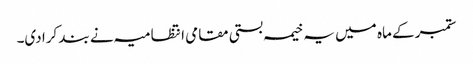
ستمبر کے ماہ میں یہ خیمہ بستی مقامی انتظامیہ نے بند کرا دی۔